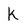
Character: K